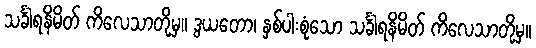
သင်္ခါရနိမိတ် ကိလေသာတို့မှ။ ဒွယတော၊ နှစ်ပါးစုံသော သင်္ခါရနိမိတ် ကိလေသာတို့မှ။